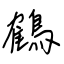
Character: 鶴